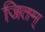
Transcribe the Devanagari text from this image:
जितम्